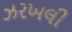
ઝરખલી